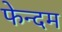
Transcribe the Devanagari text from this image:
फेन्दम